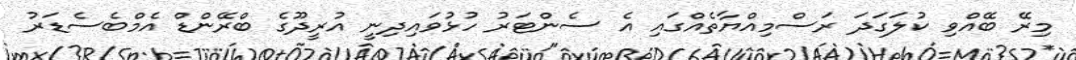
މިރޭ ބޭއްވި ކުލަގަދަ ރަސްމިއްޔާތެއްގައި އެ ސެންޓަރު ހުޅުވައިދިނީ އުރީދޫގެ ބްރޭންޑް އެމްބެސެޑަރު